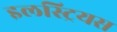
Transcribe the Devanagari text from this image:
इलस्ट्रियस